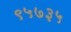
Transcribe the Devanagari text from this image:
९५७३५